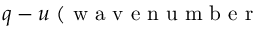
q - u ~ ( \mathrm { ~ w ~ a ~ v ~ e ~ n ~ u ~ m ~ b ~ e ~ r ~ }